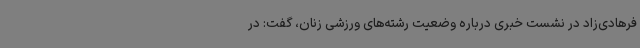
فرهادی‌زاد در نشست خبری درباره وضعیت رشته‌های ورزشی زنان، گفت: در